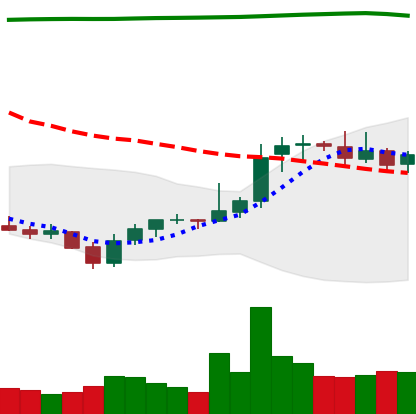
Ticker: XRP-USD
Chart end date: 2021-08-04
Forward return: 12.056%
Label: up_7plus